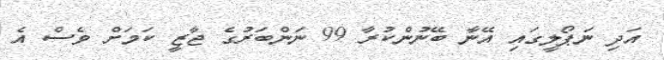
އަދި ނަޕޯލީގައި އޭނާ ބޭނުންކުރާ 99 ނަންބަރުގެ ޖާޒީ ކަމަށް ވެސް އެ